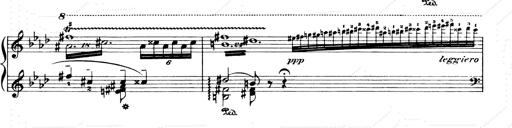
Title: Consolations and LiebestrÃ¤ume for the Piano
Composer: Franz Liszt